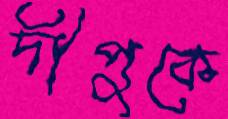
দীপুকে